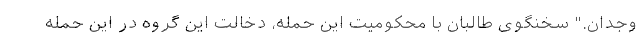
وجدان." سخنگوی طالبان با محکومیت این حمله، دخالت این گروه در این حمله